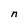
Character: n